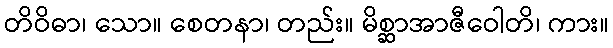
တိဝိဓာ၊ သော။ စေတနာ၊ တည်း။ မိစ္ဆာအာဇီဝေါတိ၊ ကား။